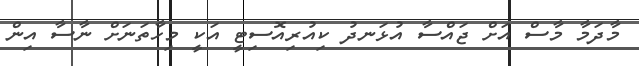
މާދަމާ މާސް އަށް ޖައްސާ އުޅަނދު ކިއުރިއޮސިޓީ އަކީ މިހާތަނަށް ނާސާ އިން